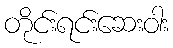
တိုင်းရင်းဆေးဝါး